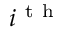
i ^ { \mathrm { ~ t ~ h ~ } }